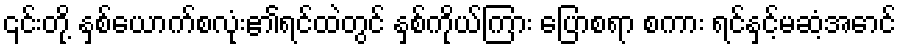
၎င်းတို့ နှစ်ယောက်စလုံး၏ရင်ထဲတွင် နှစ်ကိုယ်ကြား ပြောစရာ စကား ရင်နှင့်မဆံ့အောင်